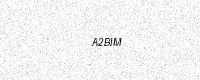
Text: A2BIM